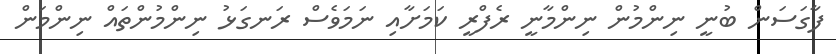
ފާގަސަން ބުނީ ނިންމުން ނިންމާނީ ރެފްރީ ކަމަށާއި ނަމަވެސް ރަނގަޅު ނިންމުންތައް ނިންމަން